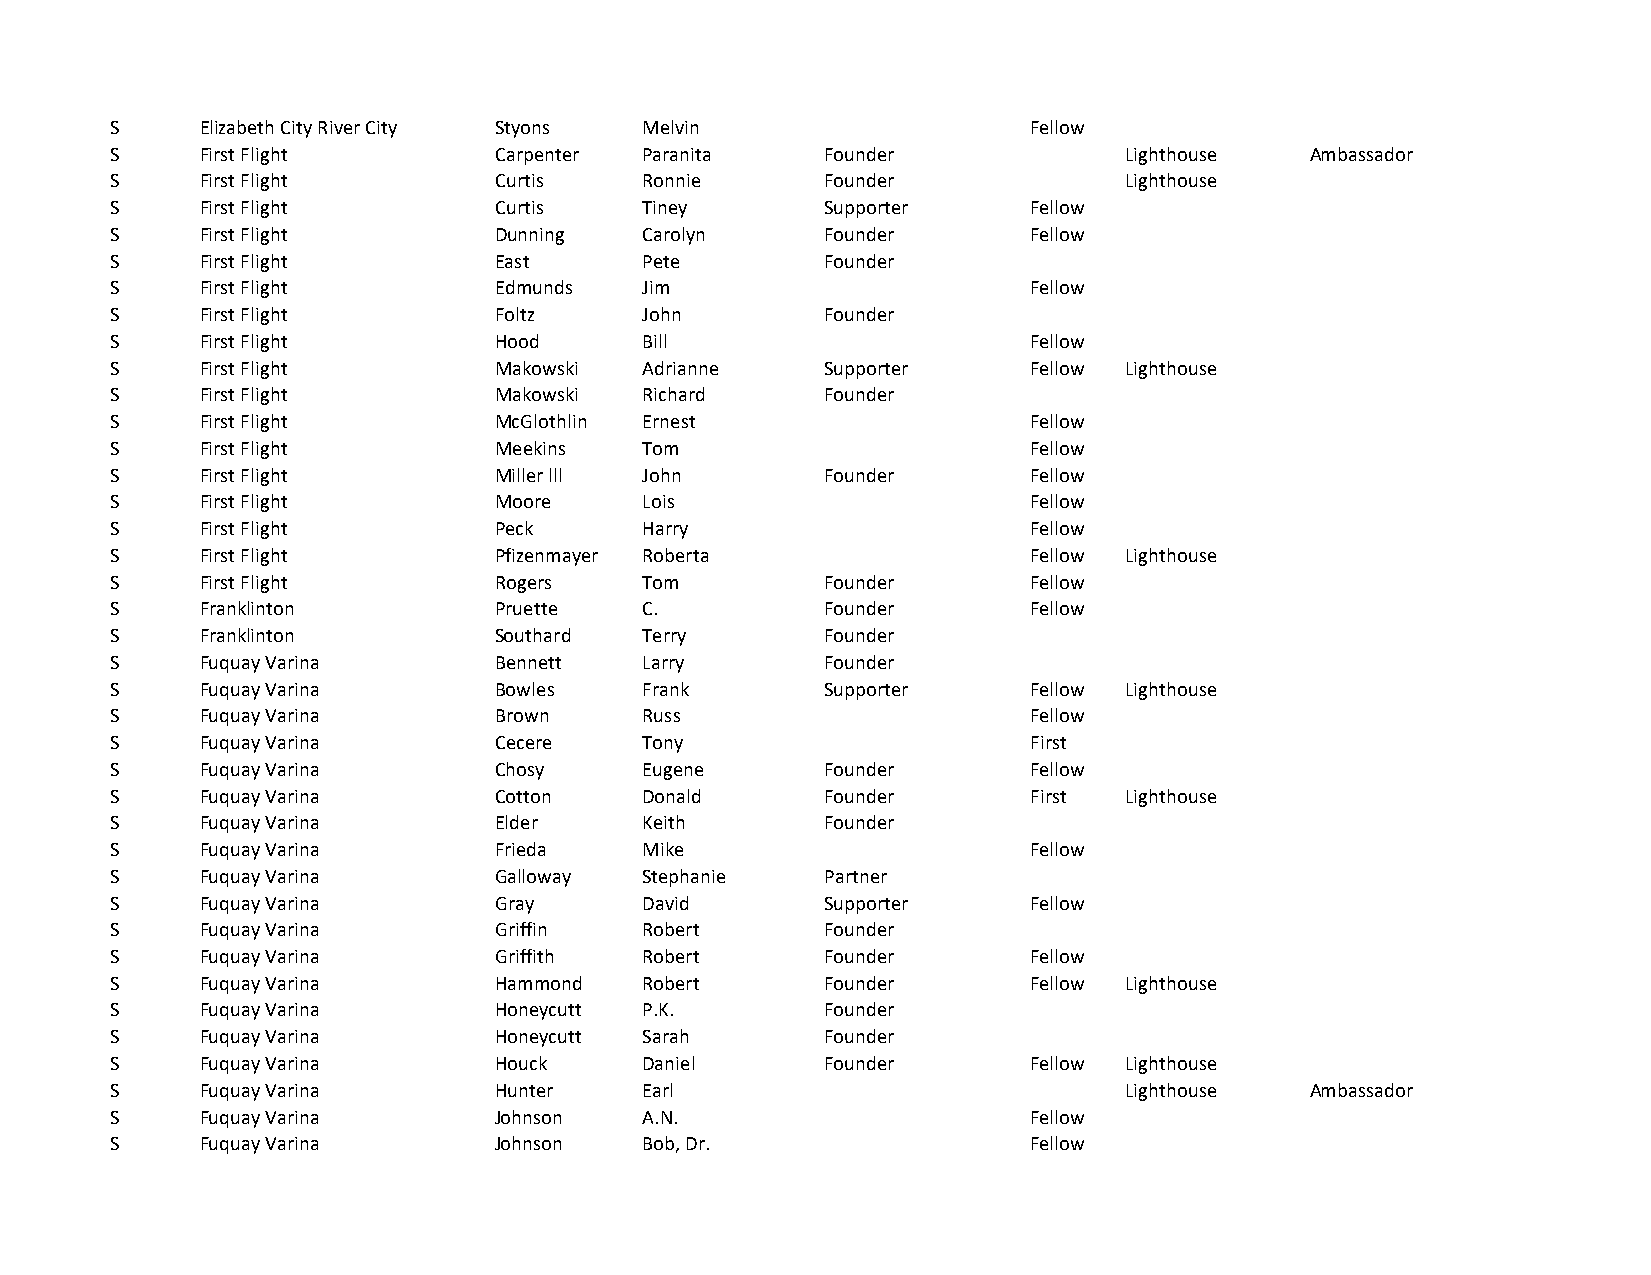
S     Elizabeth City River City Styons Melvin                Fellow
 S     First Flight        Carpenter Paranita    Founder            Lighthouse   Ambassador
 S     First Flight        Curtis    Ronnie      Founder            Lighthouse
 S     First Flight        Curtis    Tiney       Supporter    Fellow
 S     First Flight        Dunning   Carolyn     Founder      Fellow
 S     First Flight        East      Pete        Founder
 S     First Flight        Edmunds   Jim                      Fellow
 S     First Flight        Foltz     John        Founder
 S     First Flight        Hood      Bill                     Fellow
 S     First Flight        Makowski  Adrianne    Supporter    Fellow Lighthouse
 S     First Flight        Makowski  Richard     Founder
 S     First Flight        McGlothlin Ernest                  Fellow
 S     First Flight        Meekins   Tom                      Fellow
 S     First Flight        Miller lll John       Founder      Fellow
 S     First Flight        Moore     Lois                     Fellow
 S     First Flight        Peck      Harry                    Fellow
 S     First Flight        Pfizenmayer Roberta                Fellow Lighthouse
 S     First Flight        Rogers    Tom         Founder      Fellow
 S     Franklinton         Pruette   C.          Founder      Fellow
 S     Franklinton         Southard  Terry       Founder
 S     Fuquay Varina       Bennett   Larry       Founder
 S     Fuquay Varina       Bowles    Frank       Supporter    Fellow Lighthouse
 S     Fuquay Varina       Brown     Russ                     Fellow
 S     Fuquay Varina       Cecere    Tony                     First
 S     Fuquay Varina       Chosy     Eugene      Founder      Fellow
 S     Fuquay Varina       Cotton    Donald      Founder      First Lighthouse
 S     Fuquay Varina       Elder     Keith       Founder
 S     Fuquay Varina       Frieda    Mike                     Fellow
 S     Fuquay Varina       Galloway  Stephanie   Partner
 S     Fuquay Varina       Gray      David       Supporter    Fellow
 S     Fuquay Varina       Griffin   Robert      Founder
 S     Fuquay Varina       Griffith  Robert      Founder      Fellow
 S     Fuquay Varina       Hammond   Robert      Founder      Fellow Lighthouse
 S     Fuquay Varina       Honeycutt P.K.        Founder
 S     Fuquay Varina       Honeycutt Sarah       Founder
 S     Fuquay Varina       Houck     Daniel      Founder      Fellow Lighthouse
 S     Fuquay Varina       Hunter    Earl                           Lighthouse   Ambassador
 S     Fuquay Varina       Johnson   A.N.                     Fellow
 S     Fuquay Varina       Johnson   Bob, Dr.                 Fellow